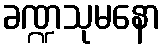
ခဏ္ဍသုမနော